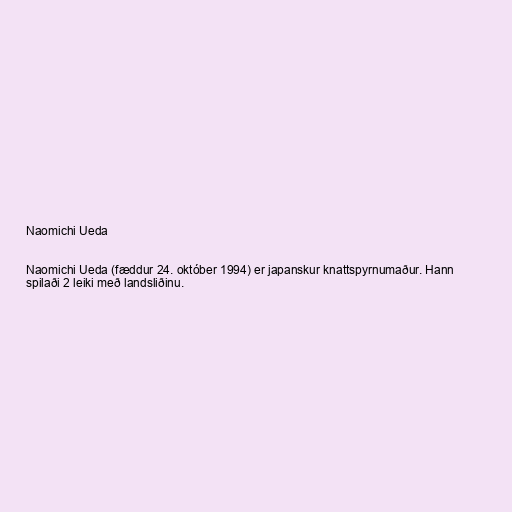
Naomichi Ueda

Naomichi Ueda (fæddur 24. október 1994) er japanskur knattspyrnumaður. Hann
spilaði 2 leiki með landsliðinu.